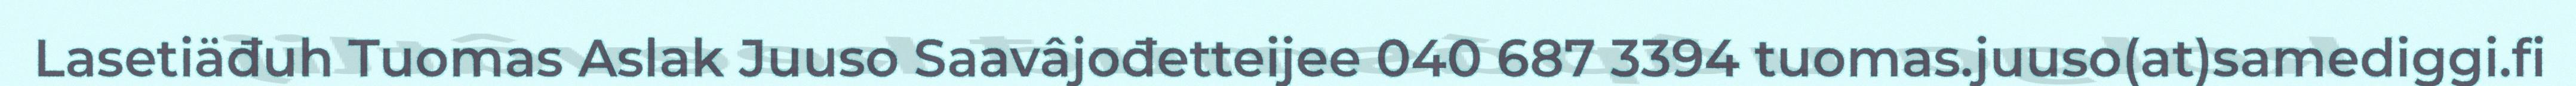
Lasetiäđuh Tuomas Aslak Juuso Saavâjođetteijee 040 687 3394 tuomas.juuso(at)samediggi.fi